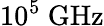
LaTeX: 10^{5}\ \mathrm{GHz}